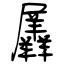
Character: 羼